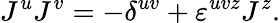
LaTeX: J^{u}J^{v}=-\delta^{uv}+\varepsilon^{uvz}J^{z}.